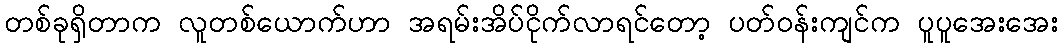
တစ်ခုရှိတာက လူတစ်ယောက်ဟာ အရမ်းအိပ်ငိုက်လာရင်တော့ ပတ်ဝန်းကျင်က ပူပူအေးအေး